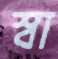
স্বা